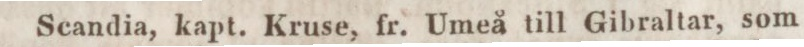
Scandia, kapt. Kruse, fr. Umeå till Gibraltar, som